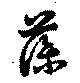
藻